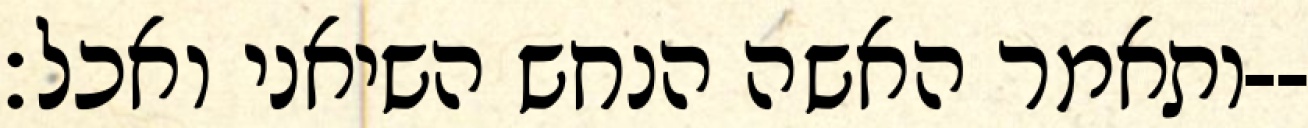
ותאמר האשה הנחש השיאני ואכל׃--